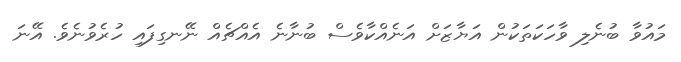
މައުވާ ބުނެލި ވާހަކަތަކުން އަޔާޒަށް އަނެއްކާވެސް ބުނާނެ އެއްޗެއް ނޭނގިފައި ހުރެވުނެވެ. އޭނަ